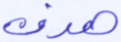
هدف